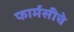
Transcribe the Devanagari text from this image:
फार्मसीचे